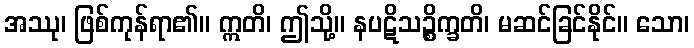
အဿု၊ ဖြစ်ကုန်ရာ၏။ ဣတိ၊ ဤသို့။ နပဋိသဉ္စိက္ခတိ၊ မဆင်ခြင်နိုင်။ သော၊